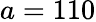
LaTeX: a=110